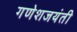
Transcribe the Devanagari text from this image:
गणेशजयंती